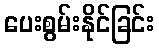
ပေးစွမ်းနိုင်ခြင်း